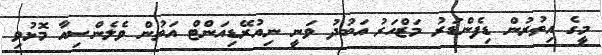
މީގެ އިތުރުން ޑިފެންޑަރު މަޒްހަރު އަބުދު ވަނީ ނިއުރޭޑިއަންޓް އަތުން ވެލެންސިއާ މޮޅުވި